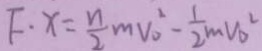
F \cdot x = \frac { n } { 2 } m V _ { 0 } ^ { 2 } - \frac { 1 } { 2 } m V _ { 0 } ^ { 2 }